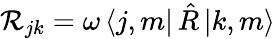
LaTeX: \mathcal{R}_{jk}=\omega\, \langle j,m|\, {\hat{R}}\, {|k,m\rangle}